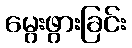
မွေးဖွားခြင်း